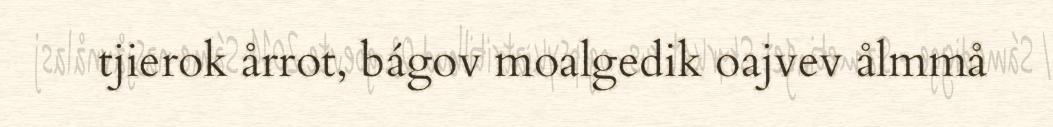
tjierok årrot, bágov moalgedik oajvev ålmmå